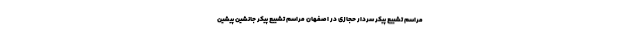
مراسم تشییع پیکر سردار حجازی در اصفهان مراسم تشییع پیکر جانشین پیشین